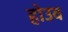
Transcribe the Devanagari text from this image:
होउव